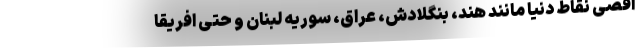
اقصی نقاط دنیا مانند هند، بنگلادش، عراق، سوریه لبنان و حتی افریقا